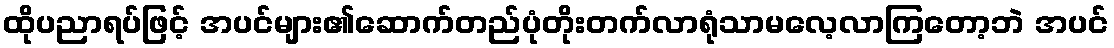
ထိုပညာရပ်ဖြင့် အပင်များ၏ဆောက်တည်ပုံတိုးတက်လာရုံသာမလေ့လာကြတော့ဘဲ အပင်